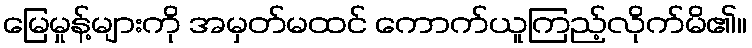
မြေမှုန့်များကို အမှတ်မထင် ကောက်ယူကြည့်လိုက်မိ၏။